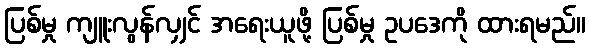
ပြစ်မှု ကျူးလွန်လျှင် အရေးယူဖို့ ပြစ်မှု ဥပဒေကို ထားရမည်။